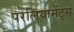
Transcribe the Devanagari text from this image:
परलियामेंट्स